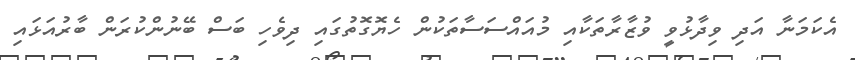
އެކަމަނާ އަދި ވިދާޅުވީ ވުޒާރާތަކާއި މުއައްސަސާތަކުން ހެޔޮގޮތުގައި ދިވެހި ބަސް ބޭނުންކުރަން ބާރުއަޅައި